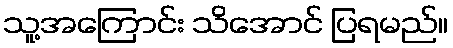
သူ့အကြောင်း သိအောင် ပြရမည်။